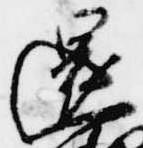
還